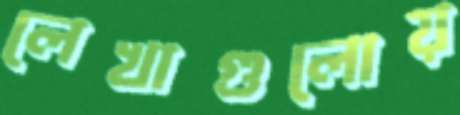
লেখাগুলোয়